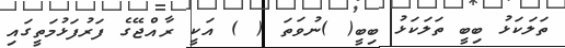
ތަލަކަޅު ބިބީ ތަލަކަޅު ބިބީ( )ނުވަތަ ( ) އަކީ ރާއްޖޭގެ ފަރުފަޅުމަތީގައި